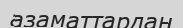
азаматтардан